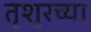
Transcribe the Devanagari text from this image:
तृशुरच्या